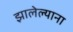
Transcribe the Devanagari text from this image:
झालेल्याना